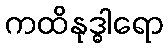
ကထိနုဒ္ဓါရော